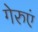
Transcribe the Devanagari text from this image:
गेरुएं